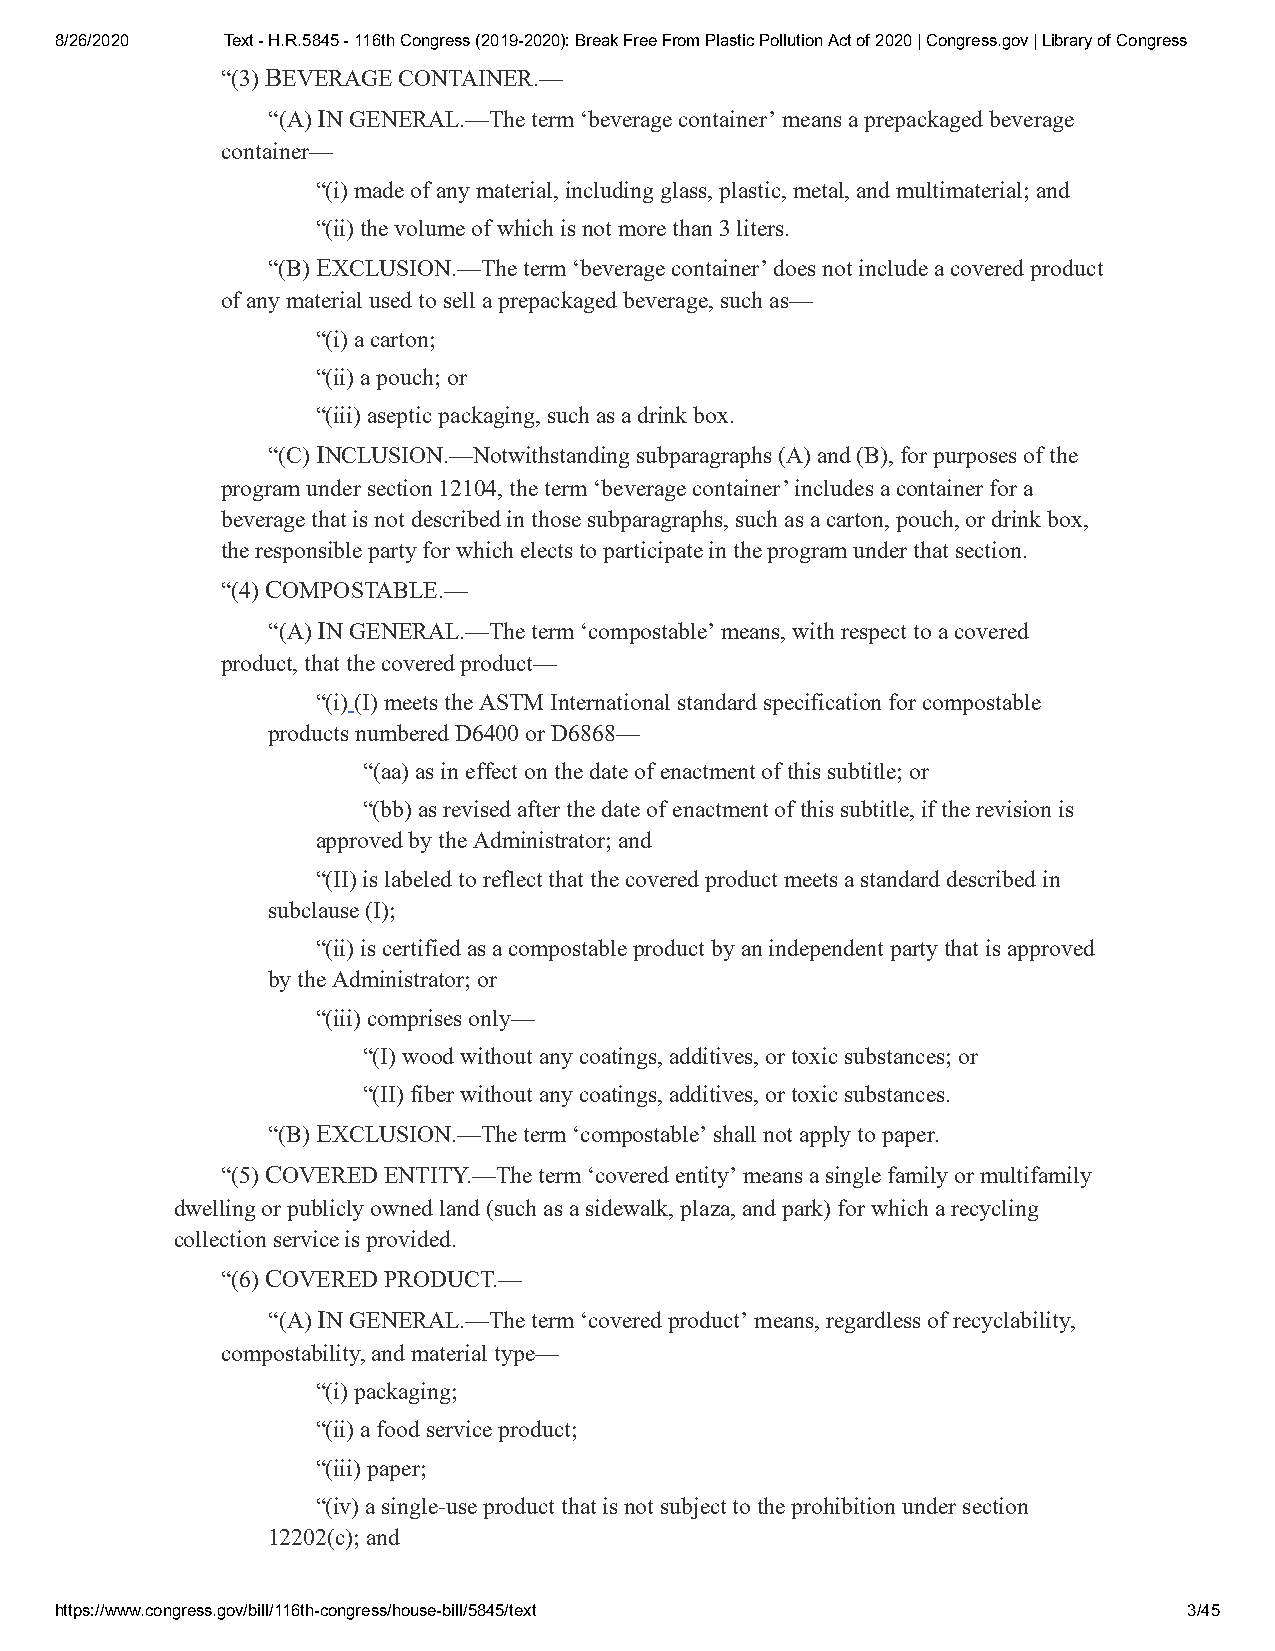
8/26/2020  Text - H.R.5845 - 116th Congress (2019-2020): Break Free From Plastic Pollution Act of 2020 | Congress.gov | Library of Congress
 “(3) BEVERAGE CONTAINER.—
 “(A) IN GENERAL.—The term ‘beverage container’ means a prepackaged beverage
 container—
 “(i) made of any material, including glass, plastic, metal, and multimaterial; and
 “(ii) the volume of which is not more than 3 liters.
 “(B) EXCLUSION.—The term ‘beverage container’ does not include a covered product
 of any material used to sell a prepackaged beverage, such as—
 “(i) a carton;
 “(ii) a pouch; or
 “(iii) aseptic packaging, such as a drink box.
 “(C) INCLUSION.—Notwithstanding subparagraphs (A) and (B), for purposes of the
 program under section 12104, the term ‘beverage container’ includes a container for a
 beverage that is not described in those subparagraphs, such as a carton, pouch, or drink box,
 the responsible party for which elects to participate in the program under that section.
 “(4) COMPOSTABLE.—
 “(A) IN GENERAL.—The term ‘com posta ble’ means, with respect to a covered
 product, that the covered product—
 “(i) (I) meets the ASTM International standard specification for compostable
 products numbered D6400 or D6868—
 “(aa) as in effect on the date of enactment of this subtitle; or
 “(bb) as revised after the date of enactment of this subtitle, if the revision is
 approved by the Administrator; and
 “(II) is labeled to reflect that the covered product meets a standard described in
 subclause (I);
 “(ii) is certified as a compostable product by an independent party that is approved
 by the Administrator; or
 “(iii) comprises only—
 “(I) wood without any coatings, additives, or toxic substances; or
 “(II) fiber without any coatings, additives, or toxic substances.
 “(B) EXCLUSION.—The term ‘com posta ble’ shall not apply to paper.
 “(5) COVERED ENTITY.—The term ‘covered entity’ means a single family or multifamily
 dwelling or publicly owned land (such as a sidewalk, plaza, and park) for which a recycling
 collection service is provided.
 “(6) COVERED PRODUCT.—
 “(A) IN GENERAL.—The term ‘covered product’ means, regardless of recyclability,
 compostability, and material type—
 “(i) packaging;
 “(ii) a food service product;
 “(iii) paper;
 “(iv) a single-use product that is not subject to the prohibition under section
 12202(c); and
 https://www.congress.gov/bill/116th-congress/house-bill/5845/text          3/45